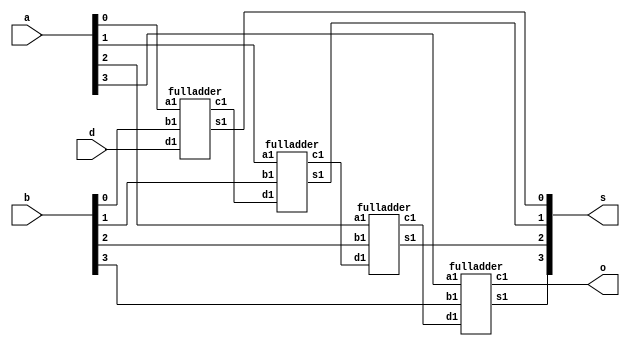

module ripple(a,b,d,s,o);
input [3:0]a;
input [3:0]b;
input d;
output [3:0]s;
output o;
 wire [2:0]c;


 fulladder fa1(a[0],b[0],d,s[0],c[0]);
 fulladder fa2(a[1],b[1],c[0],s[1],c[1]);
 fulladder fa3(a[2],b[2],c[1],s[2],c[2]);
 fulladder fa4(a[3],b[3],c[2],s[3],o);
endmodule


module fulladder(a1,b1,d1,s1,c1);
input a1,b1,d1;
output s1,c1;
wire w1,w2,w3;
 xor g1 (s1,a1,b1,d1);
 and g2 (w1,a1,b1);
 and g3 (w2,a1,d1);
 and g4 (w3,b1,d1);
 or g5 (c1,w1,w2,w3);
endmodule